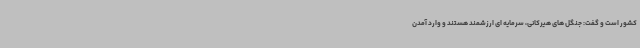
کشور است و گفت: جنگل های هیرکانی، سرمایه ای ارزشمند هستند و وارد آمدن